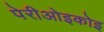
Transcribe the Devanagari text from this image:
पेरीओइकोइ